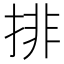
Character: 排